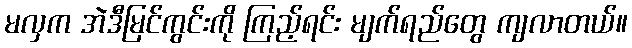
မလှက အဲဒီမြင်ကွင်းကို ကြည့်ရင်း မျက်ရည်တွေ ကျလာတယ်။